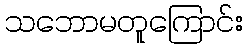
သဘောမတူကြောင်း